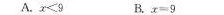
A.$$x < 9$$B.$$x = 9$$